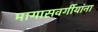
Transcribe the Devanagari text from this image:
मागासवर्गीयांना